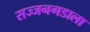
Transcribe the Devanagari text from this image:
सज्जनगडाला